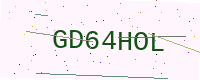
Text: GD64HOL